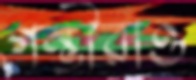
গম্ভীরাও